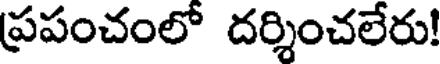
ప్రపంచంలో దర్శించలేరు!